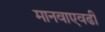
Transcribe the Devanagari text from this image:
मानवाएवढी